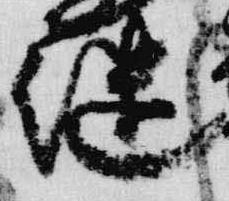
継